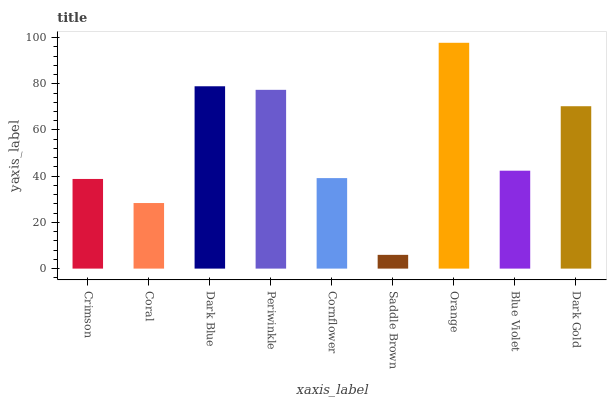
| xaxis_label | bars |
 | --- | --- |
 | Crimson | 38.8 |
 | Coral | 28.4 |
 | Dark Blue | 78.9 |
 | Periwinkle | 77.4 |
 | Cornflower | 39.2 |
 | Saddle Brown | 5.96 |
 | Orange | 97.7 |
 | Blue Violet | 42.4 |
 | Dark Gold | 70.3 |